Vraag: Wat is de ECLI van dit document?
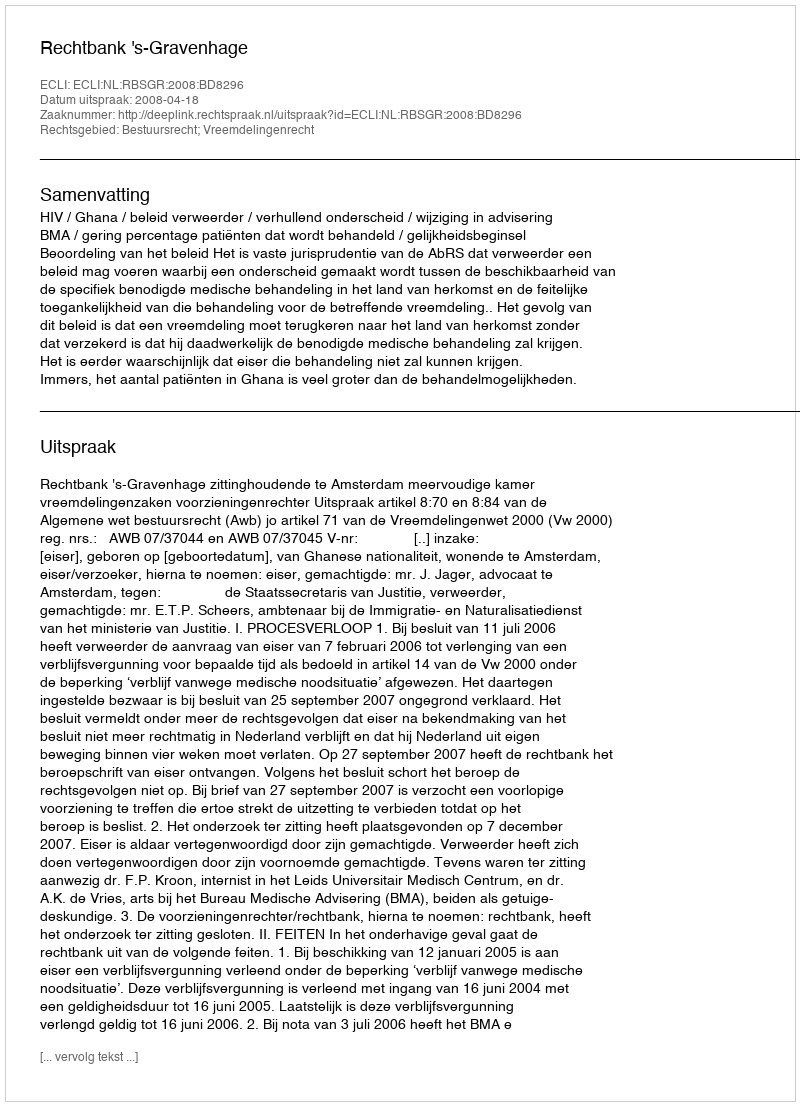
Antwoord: ECLI:NL:RBSGR:2008:BD8296